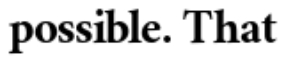
possible. That